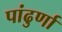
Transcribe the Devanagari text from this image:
पांढुर्णा